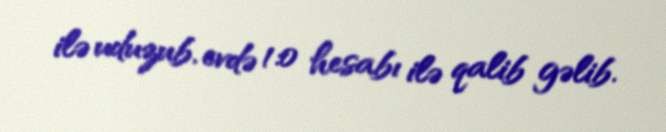
ilə uduzub, evdə 1:0 hesabı ilə qalib gəlib.